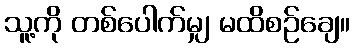
သူ့ကို တစ်ပေါက်မျှ မထိစဉ်ချေ။